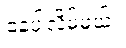
နေပါလိမ့်မယ်။